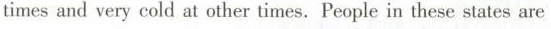
times and very cold at other times. People in these states are